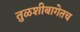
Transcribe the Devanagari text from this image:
तुळशीबागेतच